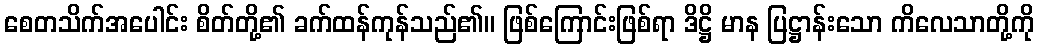
စေတသိက်အပေါင်း စိတ်တို့၏ ခက်ထန်ကုန်သည်၏။ ဖြစ်ကြောင်းဖြစ်ရာ ဒိဋ္ဌိ မာန ပြဋ္ဌာန်းသော ကိလေသာတို့ကို